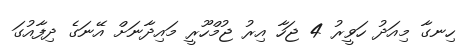
ހިނގާ މިއަދު ހަވީރު 4 ޖަހާ އިރު ޖުމްހޫރީ މައިދާނަށް އޭނަގެ ދިފާއުގަ